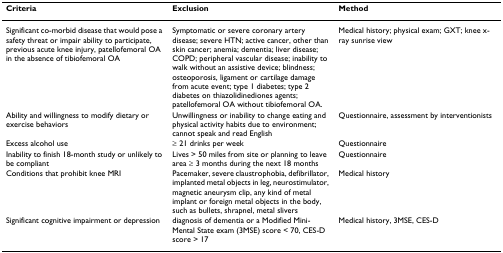
<table><thead><tr><td><b>Criteria</b></td><td><b>Exclusion</b></td><td><b>Method</b></td></tr></thead><tbody><tr><td>Significant co-morbid disease that would pose a safety threat or impair ability to participate, previous acute knee injury, patellofemoral OA in the absence of tibiofemoral OA</td><td>Symptomatic or severe coronary artery disease; severe HTN; active cancer, other than skin cancer; anemia; dementia; liver disease; COPD; peripheral vascular disease; inability to walk without an assistive device; blindness; osteoporosis, ligament or cartilage damage from acute event; type 1 diabetes; type 2 diabetes on thiazolidinediones agents; patellofemoral OA without tibiofemoral OA.</td><td>Medical history; physical exam; GXT; knee x-ray sunrise view</td></tr><tr><td>Ability and willingness to modify dietary or exercise behaviors</td><td>Unwillingness or inability to change eating and physical activity habits due to environment; cannot speak and read English</td><td>Questionnaire, assessment by interventionists</td></tr><tr><td>Excess alcohol use</td><td>≥ 21 drinks per week</td><td>Questionnaire</td></tr><tr><td>Inability to finish 18-month study or unlikely to be compliant</td><td>Lives &gt; 50 miles from site or planning to leave area ≥ 3 months during the next 18 months</td><td>Questionnaire</td></tr><tr><td>Conditions that prohibit knee MRI</td><td>Pacemaker, severe claustrophobia, defibrillator, implanted metal objects in leg, neurostimulator, magnetic aneurysm clip, any kind of metal implant or foreign metal objects in the body, such as bullets, shrapnel, metal slivers</td><td>Medical history</td></tr><tr><td>Significant cognitive impairment or depression</td><td>diagnosis of dementia or a Modified Mini-Mental State exam (3MSE) score &lt; 70, CES-D score &gt; 17</td><td>Medical history, 3MSE, CES-D</td></tr></tbody></table>